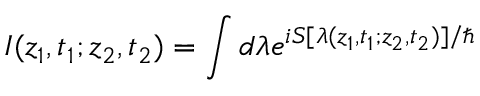
I ( z _ { 1 } , t _ { 1 } ; z _ { 2 } , t _ { 2 } ) = \int d \lambda e ^ { i S [ \lambda ( z _ { 1 } , t _ { 1 } ; z _ { 2 } , t _ { 2 } ) ] / \hbar }